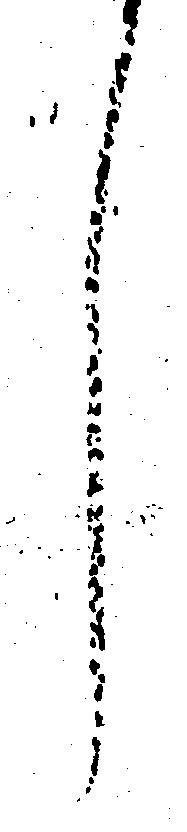
し